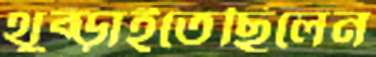
থুব্‌ড়াইতেছিলেন